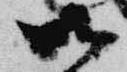
御